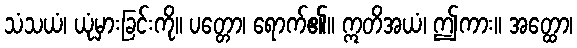
သံသယံ၊ ယုံမှားခြင်းကို။ ပတ္တော၊ ရောက်၏။ ဣတိအယံ၊ ဤကား။ အတ္ထော၊